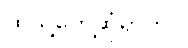
ထိုသို့တွေ့ဆုံရာတွင်